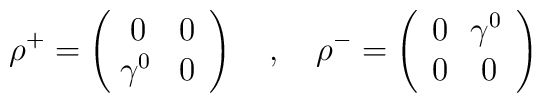
\rho^+ = \left( \begin{array}{cc} 0 & 0\\ \! \gamma^0 & 0  \end{array}\right)\quad ,\quad \rho^- = \left(\begin{array}{cc}0 & \! \gamma^0\\ 0 & 0\end{array}\right)